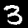
Digit: 3